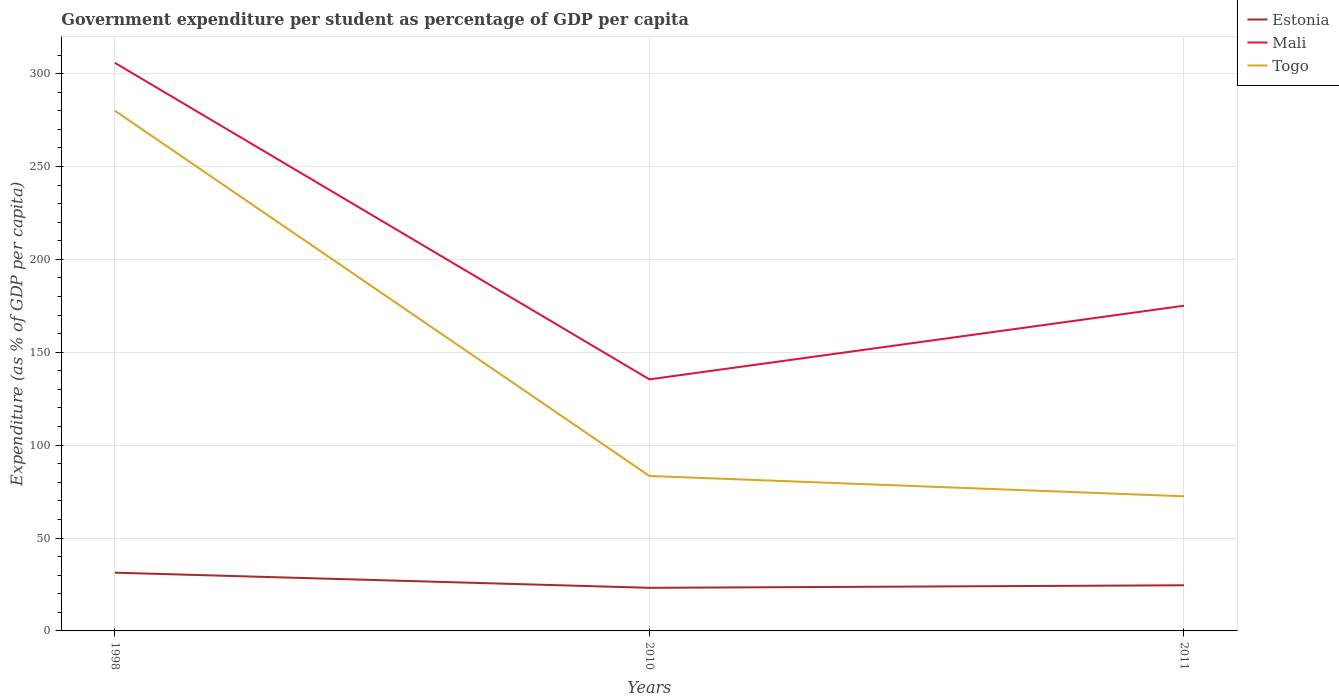
| Years | Estonia | Mali | Togo |
 | --- | --- | --- | --- |
 | 1998 | 31.4 | 306 | 280 |
 | 2010 | 23.2 | 135 | 83.4 |
 | 2011 | 24.6 | 175 | 72.5 |